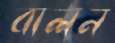
বালন